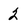
Character: 2